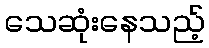
သေဆုံးနေသည့်